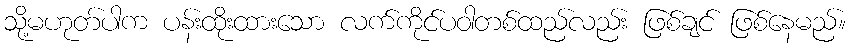
သို့မဟုတ်ပါက ပန်းထိုးထားသော လက်ကိုင်ပဝါတစ်ထည်လည်း ဖြစ်ချင် ဖြစ်နေမည်။